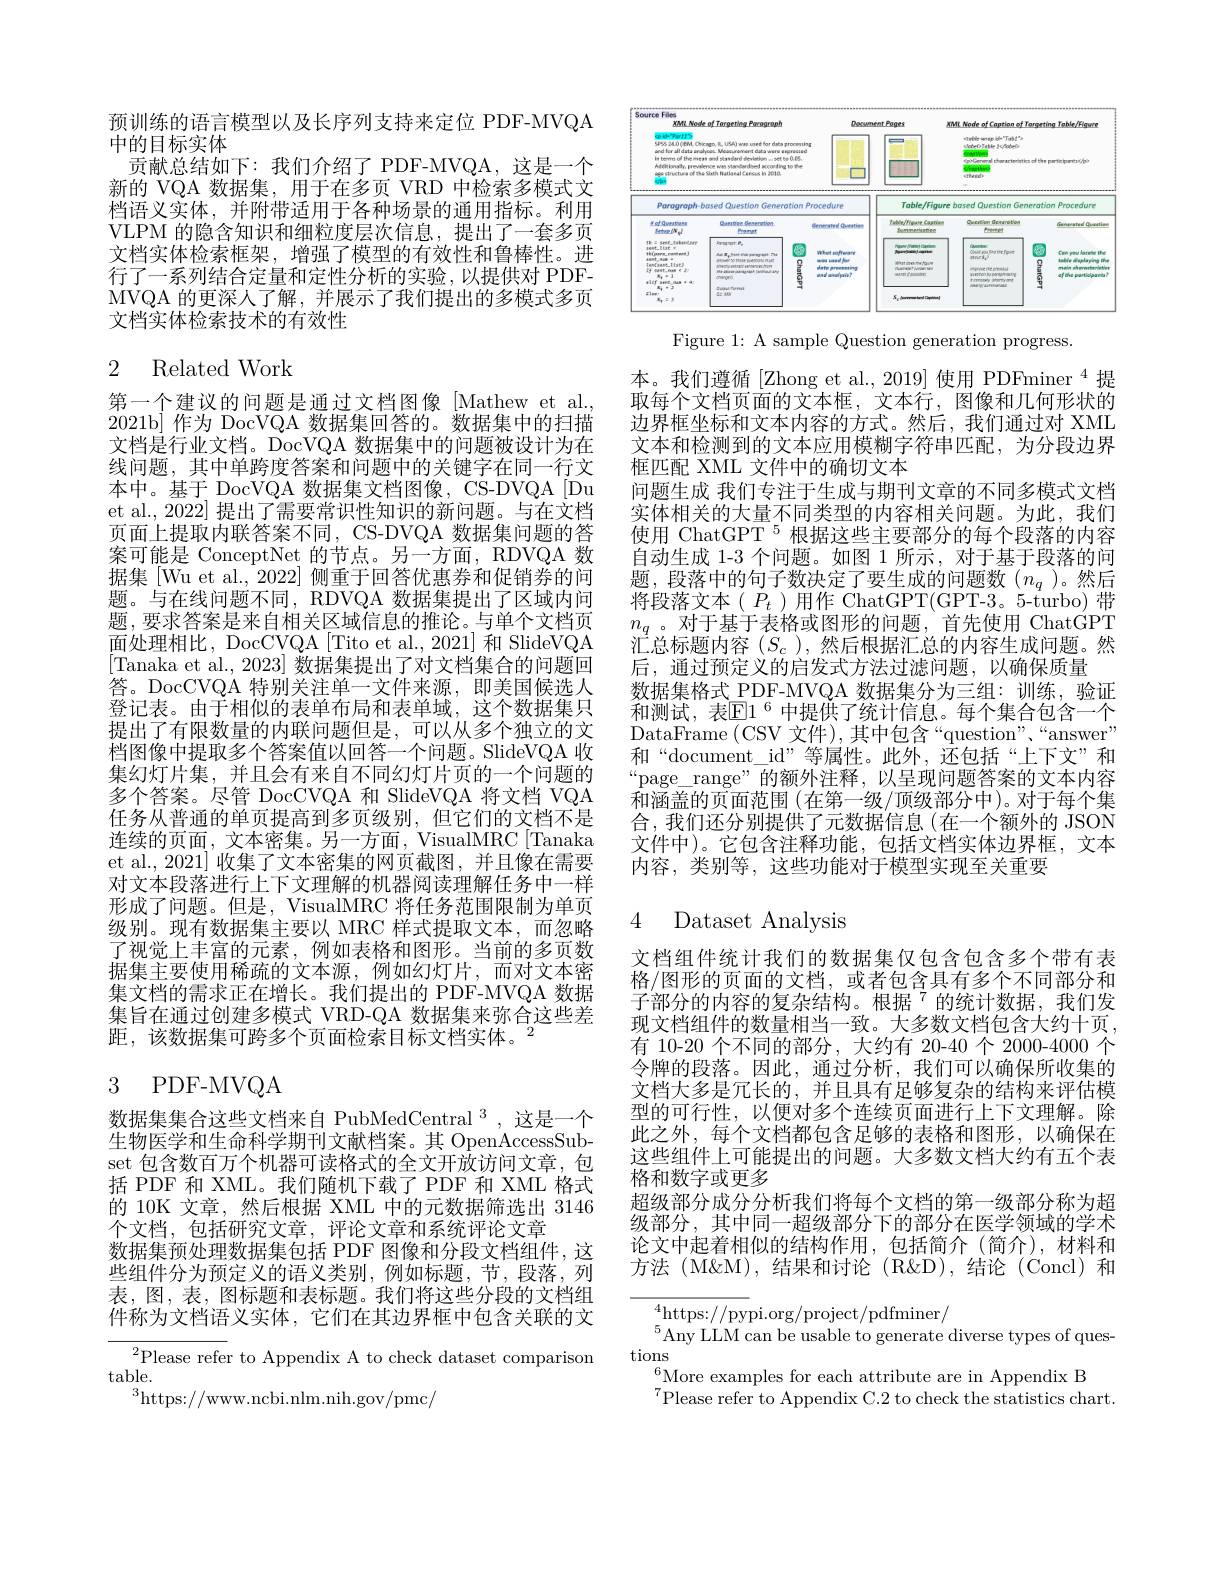
预训练的语言模型以及长序列支持来定位 PDF-MVQA
中的目标实体
贡献总结如下：我们介绍了 PDF-MVQA,这是一个新的 VQA 数据集，用于在多页 VRD 中检索多模式文档语义实体，并附带适用于各种场景的通用指标。利用VLPM 的隐含知识和细粒度层次信息，提出了一套多页文档实体检索框架，增强了模型的有效性和鲁棒性。进行了一系列结合定量和定性分析的实验，以提供对 PDFMVQA 的更深人了解，并展示了我们提出的多模式多页文档实体检索技术的有效性

# 2 Related Work

第一个建议的问题是通过文档图像[Mathew et al. 2021b] 作为 DocVQA 数据集回答的。数据集中的扫描文档是行业文档。DocVQA 数据集中的问题被设计为在线问题，其中单跨度答案和问题中的关键字在同一行文本中。基于 DocVQA 数据集文档图像，CS-DVQA[Du] et al., 2022] 提出了需要常识性知识的新问题。与在文档页面上提取内联答案不同，CS-DVQA 数据集问题的答案可能是 ConceptNet 的节点。另一方面，RDVQA 数据集[Wu et al., 2022] 侧重于回答优惠券和促销券的问题。与在线问题不同，RDVQA 数据集提出了区域内问题，要求答案是来自相关区域信息的推论。与单个文档页面处理相比，DocCVQA [Tito et al., 2021] 和 SlideVQA [Tanaka et al., 2023] 数据集提出了对文档集合的问题回答。DocCVQA 特别关注单一文件来源，即美国候选人登记表。由于相似的表单布局和表单域，这个数据集只提出了有限数量的内联问题但是，可以从多个独立的文档图像中提取多个答案值以回答一个问题。SlideVQA 收集幻灯片集，并且会有来自不同幻灯片页的一个问题的多个答案。尽管 DocCVQA 和 SlideVQA 将文档 VQA 任务从普通的单页提高到多页级别，但它们的文档不是连续的页面，文本密集。另一方面，VisualMRC[Tanaka et al., 2021] 收集了文本密集的网页截图，并且像在需要对文本段落进行上下文理解的机器阅读理解任务中一样形成了问题。但是，VisualMRC 将任务范围限制为单页级别。现有数据集主要以 MRC 样式提取文本，而忽略了视觉上丰富的元素，例如表格和图形。当前的多页数据集主要使用稀疏的文本源，例如幻灯片，而对文本密集文档的需求正在增长。我们提出的 PDF-MVQA 数据集旨在通过创建多模式 VRD-QA 数据集来弥合这些差距，该数据集可跨多个页面检索目标文档实体。$^{2}$

# 3 PDF-MVQA

数据集集合这些文档来自 PubMedCentral $^{3}$,这是一个生物医学和生命科学期刊文献档案。其 OpenAccessSubset 包含数百万个机器可读格式的全文开放访问文章，包括 PDF 和 XML。我们随机下载了 PDF 和 XML 格式的 10K 文章，然后根据 XML 中的元数据筛选出 3146个文档，包括研究文章，评论文章和系统评论文章
数据集预处理数据集包括 PDF 图像和分段文档组件，这些组件分为预定义的语义类别，例如标题，节，段落，列表，图，表，图标题和表标题。我们将这些分段的文档组件称为文档语义实体，它们在其边界框中包含关联的文

$\begin{array}{c}{{\overline{{^2}\mathrm{Please~refer~to~Appendix~A~to~check~dataset~comparison}}}}\\{{\mathrm{table.}}}\end{array}$
$^{3}$https://www.ncbi.nlm.nih.gov/pmc/

<FigureHere>

Figure 1: A sample Question generation progress.

本。我们遵循[Zhong et al.,2019]使用 PDFminer $^{4}$提取每个文档页面的文本框，文本行，图像和几何形状的边界框坐标和文本内容的方式。然后，我们通过对 XML 文本和检测到的文本应用模糊字符串匹配，为分段边界框匹配 XML 文件中的确切文本
问题生成 我们专注于生成与期刊文章的不同多模式文档实体相关的大量不同类型的内容相关问题。为此，我们使用 ChatGPT $^{5}$根据这些主要部分的每个段落的内容自动生成 1-3 个问题。如图 1 所示，对于基于段落的问题，段落中的句子数决定了要生成的问题数(n_q)。然后将段落文本( $P_t$ )用作 ChatGPT(GPT-3。5-turbo)带$n_q$。对于基于表格或图形的问题，首先使用 ChatGPT 汇总标题内容 $(S_c)$,然后根据汇总的内容生成问题。然后，通过预定义的启发式方法过滤问题，以确保质量
数据集格式 PDF-MVQA 数据集分为三组：训练，验证和测试，表$\mathbb{E}1^6$中提供了统计信息。每个集合包含一个DataFrame (CSV 文件),其中包含“question”、“answer” 和“document\_id”等属性。此外，还包括“上下文”和“page\_range”的额外注释，以呈现问题答案的文本内容和涵盖的页面范围(在第一级/顶级部分中)。对于每个集合，我们还分别提供了元数据信息(在一个额外的 JSON 文件中)。它包含注释功能，包括文档实体边界框，文本内容，类别等，这些功能对于模型实现至关重要

# 4 Dataset Analysis

文档组件统计我们的数据集仅包含包含多个带有表格/图形的页面的文档，或者包含具有多个不同部分和子部分的内容的复杂结构。根据$^{7}$的统计数据，我们发现文档组件的数量相当一致。大多数文档包含大约十页， 有 10-20 个不同的部分，大约有 20-40 个 2000-4000 个令牌的段落。因此，通过分析，我们可以确保所收集的文档大多是冗长的，并且具有足够复杂的结构来评估模型的可行性，以便对多个连续页面进行上下文理解。除此之外，每个文档都包含足够的表格和图形，以确保在这些组件上可能提出的问题。大多数文档大约有五个表格和数字或更多
超级部分成分分析我们将每个文档的第一级部分称为超级部分，其中同一超级部分下的部分在医学领域的学术论文中起着相似的结构作用，包括简介(简介),材料和方法 (M&M), 结果和讨论 (R&D), 结论 (Concl) 和

${}^{4}$https://pypi.org/project/pdfminer/
$^{5}$Any LLM can be usable to generate diverse types of ques-
tions
$^{6}$More examples for each attribute are in Appendix B
$^{7}$Please refer to Appendix C.2 to check the statistics chart.